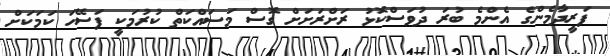
ފަރީދާމެންގެ އެންމެ ބުރަ ދުވަސްކޮޅު ރަށްރަށަށް ގޮސް މަސައްކަތް ކުރުމަކީ ފަސޭހަ ކަމަކަށް